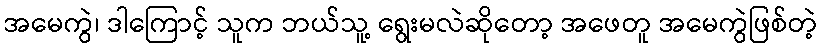
အမေကွဲ၊ ဒါကြောင့် သူက ဘယ်သူ့ ရွေးမလဲဆိုတော့ အဖေတူ အမေကွဲဖြစ်တဲ့